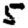
Digit: 5